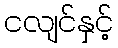
ငလျင်နှင့်